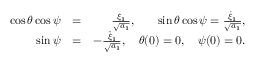
\begin{array} { r l r } { \cos { \theta } \cos { \psi } } & { = } & { \frac { \xi _ { 1 } } { \sqrt { a _ { 1 } } } , \quad \; \; \; \sin { \theta } \cos { \psi } = \frac { \dot { \xi } _ { 1 } } { \sqrt { a _ { 1 } } } , } \\ { \sin { \psi } } & { = } & { - \frac { \ddot { \xi } _ { 1 } } { \sqrt { a _ { 1 } } } , \quad \theta ( 0 ) = 0 , \quad \psi ( 0 ) = 0 . } \end{array}